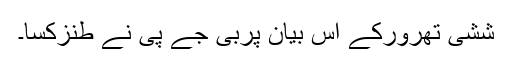
ششی تھرورکے اس بیان پربی جے پی نے طنزکسا۔